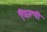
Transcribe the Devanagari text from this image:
फिल्थी